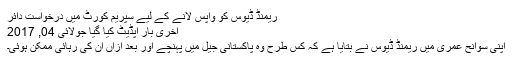
ریمنڈ ڈیوس کو واپس لانے کے لیے سپریم کورٹ میں درخواست دائر
آخری بار اپڈیٹ کیا گیا جولائی 04, 2017
اپنی سوانح عمری میں ریمنڈ ڈیوس نے بتایا ہے کہ کس طرح وہ پاکستانی جیل میں پہنچے اور بعد ازاں اُن کی رہائی ممکن ہوئی۔